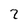
Character: 2